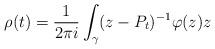
LaTeX: \begin{align*} \rho(t)=\frac{1}{2\pi i}\int_{\gamma}(z-P_t)^{-1}\varphi(z)z\end{align*}